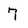
Character: 7